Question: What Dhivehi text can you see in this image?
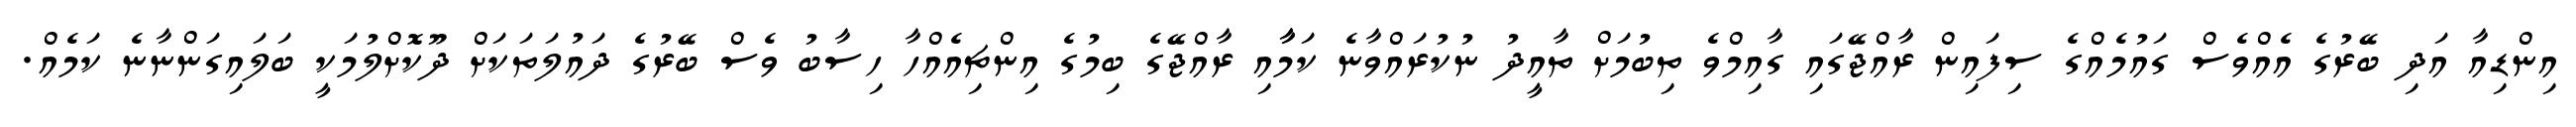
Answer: އިންޑިއާ އަދި ބޭރުގެ އެއްވެސް ގައުމެއްގެ ސިފައިން ރާއްޖޭގައި ގާއިމްވެ ތިބުމަށް ތާއީދު ނުކުރައްވާނެ ކަމާާއި ރާއްޖޭގެ ބިމުގެ އިންޗިއެއްހާ ހިސާބު ވެސް ބޭރުގެ ދައުލަތަކަށް ދޫކޮށްލުމަކީ ބަލައިގަންނާނެ ކަމެއް.